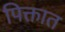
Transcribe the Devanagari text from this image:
पिक्तात